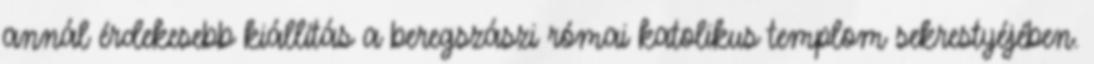
annál érdekesebb kiállítás a beregszászi római katolikus templom sekrestyéjében.